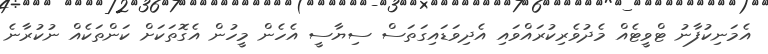
އެމަނިކުފާނު ޓްވީޓެއް މެދުވެރިކުރައްވައި އެދިވަޑައިގަތަސް ސިޔާސީ އެހެން މީހުން އެގޮތަކަށް ކަންތަކެއް ނުކުރާނެ